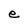
Character: e